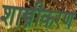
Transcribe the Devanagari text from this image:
शास्त्रीकरण